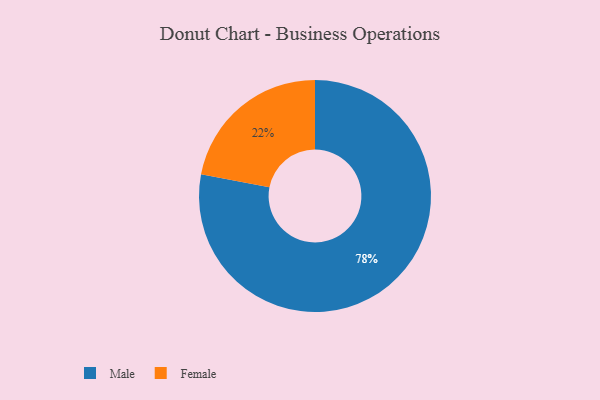
{"axis": {"x": "Category", "y": "Percentage"}, "legend": ["Female", "Male"], "data": [{"x": "Male", "y": 78, "type": "Male"}, {"x": "Female", "y": 22, "type": "Female"}]}